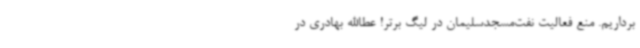
برداریم. منع فعالیت نفت‌مسجدسلیمان در لیگ برتر! عطاالله بهادری در